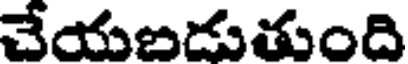
చేయబడుతుంది